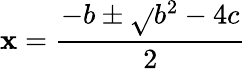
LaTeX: \mathbf{x}={\frac{{-b\pm{\sqrt{}{{b^{2}-4c}}}}}{{2}}}